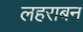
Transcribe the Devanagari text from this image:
लहराबन